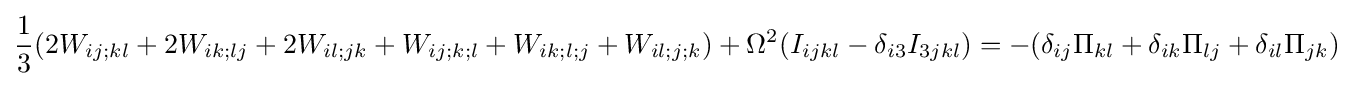
{\frac {1}{3}}(2W_{ij;kl}+2W_{ik;lj}+2W_{il;jk}+W_{ij;k;l}+W_{ik;l;j}+W_{il;j;k})+\Omega ^{2}(I_{ijkl}-\delta _{i3}I_{3jkl})=-(\delta _{ij}\Pi _{kl}+\delta _{ik}\Pi _{lj}+\delta _{il}\Pi _{jk})